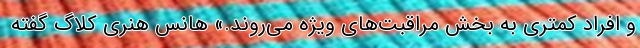
و افراد کمتری به بخش مراقبت‌های ویژه می‌روند.» هانس هنری کلاگ گفته